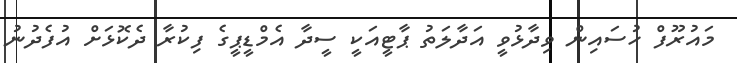
މައުރޫފް ހުސައިން ވިދާޅުވީ އަދާލަތު ޕާޓީއަކީ ސީދާ އެމްޑީޕީގެ ފިކުރާ ދެކޮޅަށް އުފެދުނު